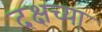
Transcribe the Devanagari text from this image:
दक्षच्या